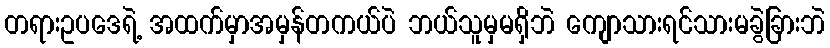
တရားဥပဒေရဲ့ အထက်မှာအမှန်တကယ်ပဲ ဘယ်သူမှမရှိဘဲ ကျောသားရင်သားမခွဲခြားဘဲ